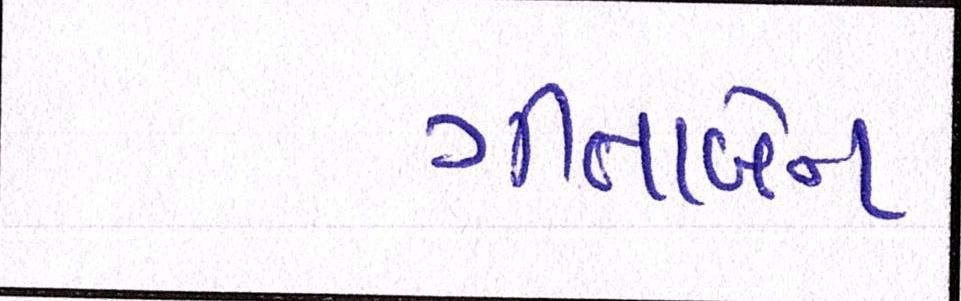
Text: ગીતાબેન